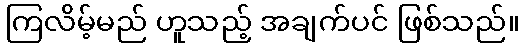
ကြလိမ့်မည် ဟူသည့် အချက်ပင် ဖြစ်သည်။